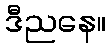
ဒီညနေ။